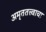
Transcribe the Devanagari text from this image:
अमृततत्त्वाचा